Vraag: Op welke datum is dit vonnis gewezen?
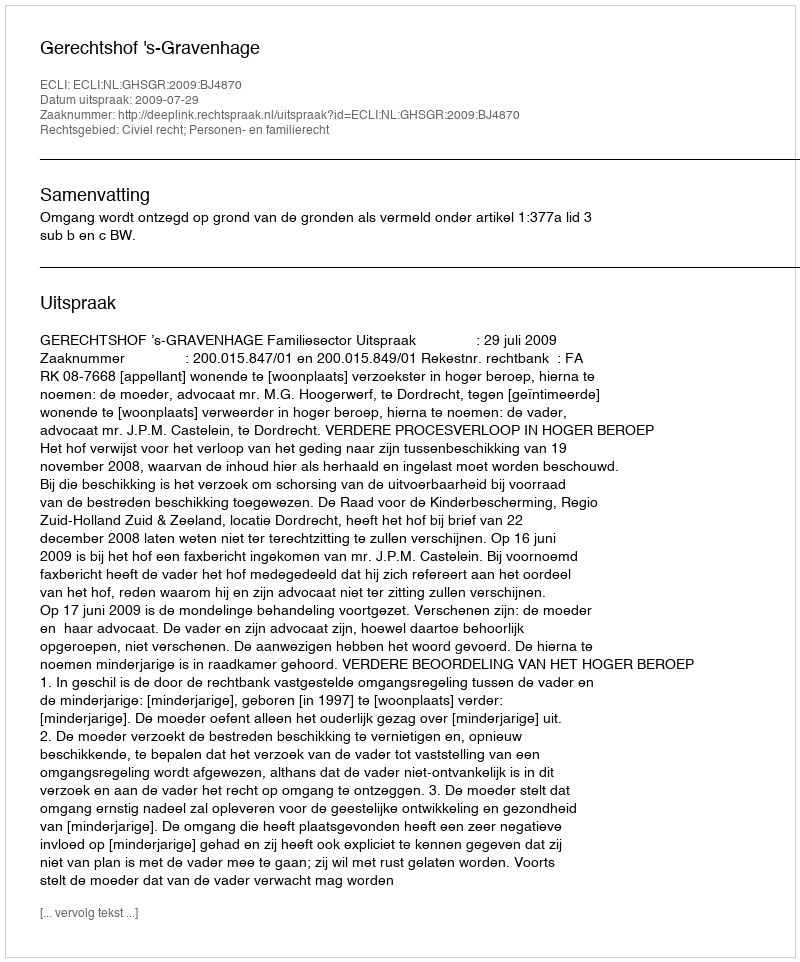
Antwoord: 2009-07-29